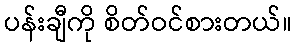
ပန်းချီကို စိတ်ဝင်စားတယ်။